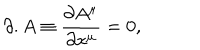
LaTeX: \partial . A \equiv \frac { \partial A ^ { \mu } } { \partial x ^ { \mu } } = 0 ,